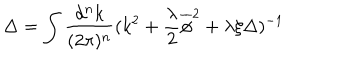
LaTeX: \Delta = \int \frac { d ^ { n } k } { ( 2 \pi ) ^ { n } } ( k ^ { 2 } + \frac { \lambda } { 2 } \overline { { \phi } } ^ { 2 } + \lambda \xi \Delta ) ^ { - 1 }